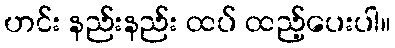
ဟင်း နည်းနည်း ထပ် ထည့်ပေးပါ။